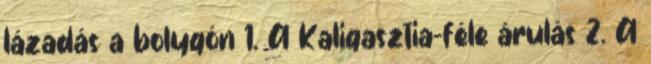
lázadás a bolygón 1. A Kaligasztia-féle árulás 2. A